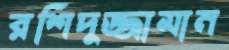
রশিদুজ্জামান